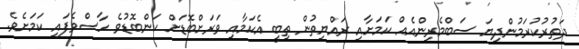
ދަތުރުކުރަމުންދިޔަ ސަބްމެރިންއެއް ކަމަށާއި ރައްޔިތުން ތިބީ އެކަމާއި ވަރަށްބޮޑަށް ކަންބޮޑުވެ ހާސްވެފައި ކަމަށެވެ.